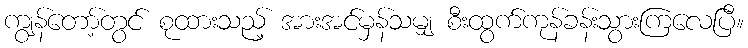
ကျွန်တော့်တွင် စုထားသည့် အားအင်မှန်သမျှ စီးထွက်ကုန်ခန်းသွားကြလေပြီ။